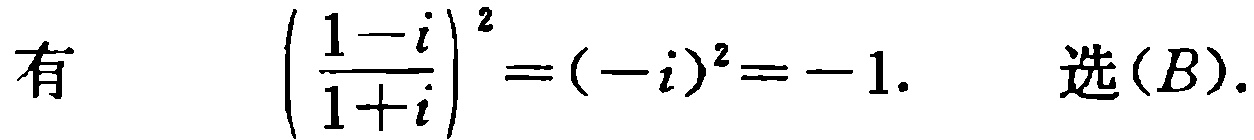
有 \(\left(\frac{1 - i}{1 + i}\right)^2 = (-i)^2 = -1.\) 选\((B)\).